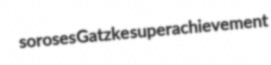
soroses Gatzke superachievement